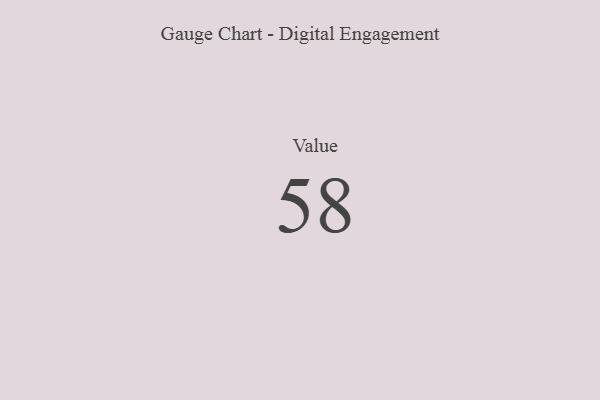
{"axis": {"x": "Metric", "y": "Value"}, "legend": [""], "data": [{"x": "Value", "y": 58, "type": ""}]}